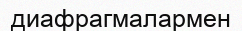
диафрагмалармен